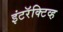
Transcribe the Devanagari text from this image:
इंटरॅक्टिव्ह